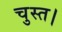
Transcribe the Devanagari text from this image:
चुस्त।